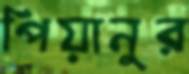
পিয়ানুর